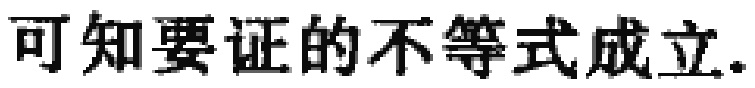
可知要证的不等式成立.